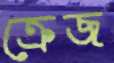
ক্রেজ